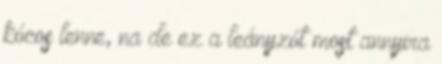
kócos lenne, na de ez a leányzót most annyira